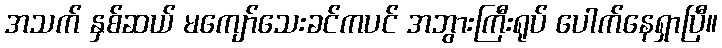
အသက် နှစ်ဆယ် မကျော်သေးခင်ကပင် အဘွားကြီးရုပ် ပေါက်နေရှာပြီ။